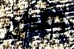
ولكن